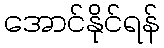
အောင်နိုင်ရန်